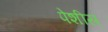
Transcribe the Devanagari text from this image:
पेशीस